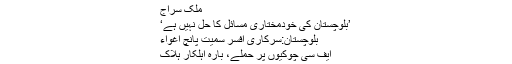
ملک سراج
’بلوچستان کی خودمختاری مسائل کا حل نہیں ہے‘
بلوچستان:سرکاری افسر سمیت پانچ اغواء
ایف سی چوکیوں پر حملے، بارہ اہلکار ہلاک